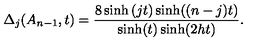
\Delta _ { j } ( A _ { n - 1 } , t ) = \frac { 8 \sinh \left( j t \right) \sinh ( ( n - j ) t ) } { \sinh ( t ) \sinh ( 2 h t ) } .